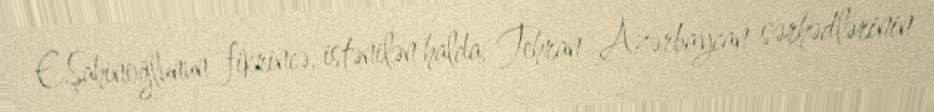
E.Şahinoğlunun fikrincə, istənilən halda, Tehran Azərbaycan sərhədlərinin